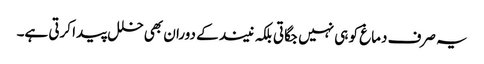
یہ صرف دماغ کو ہی نہیں جگاتی بلکہ نیند کے دوران بھی خلل پیدا کرتی ہے۔